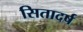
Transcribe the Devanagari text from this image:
सितादर्ष